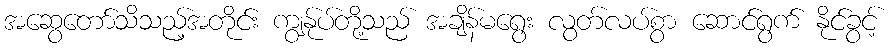
အဆွေတော်သိသည့်အတိုင်း ကျွန်ုပ်တို့သည် အချိန်မရွေး လွတ်လပ်စွာ ဆောင်ရွက် နိုင်ခွင့်